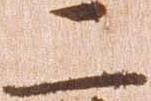
二